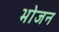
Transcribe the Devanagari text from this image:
भाेजन